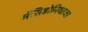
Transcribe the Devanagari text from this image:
मॅसिडोनियाच्या